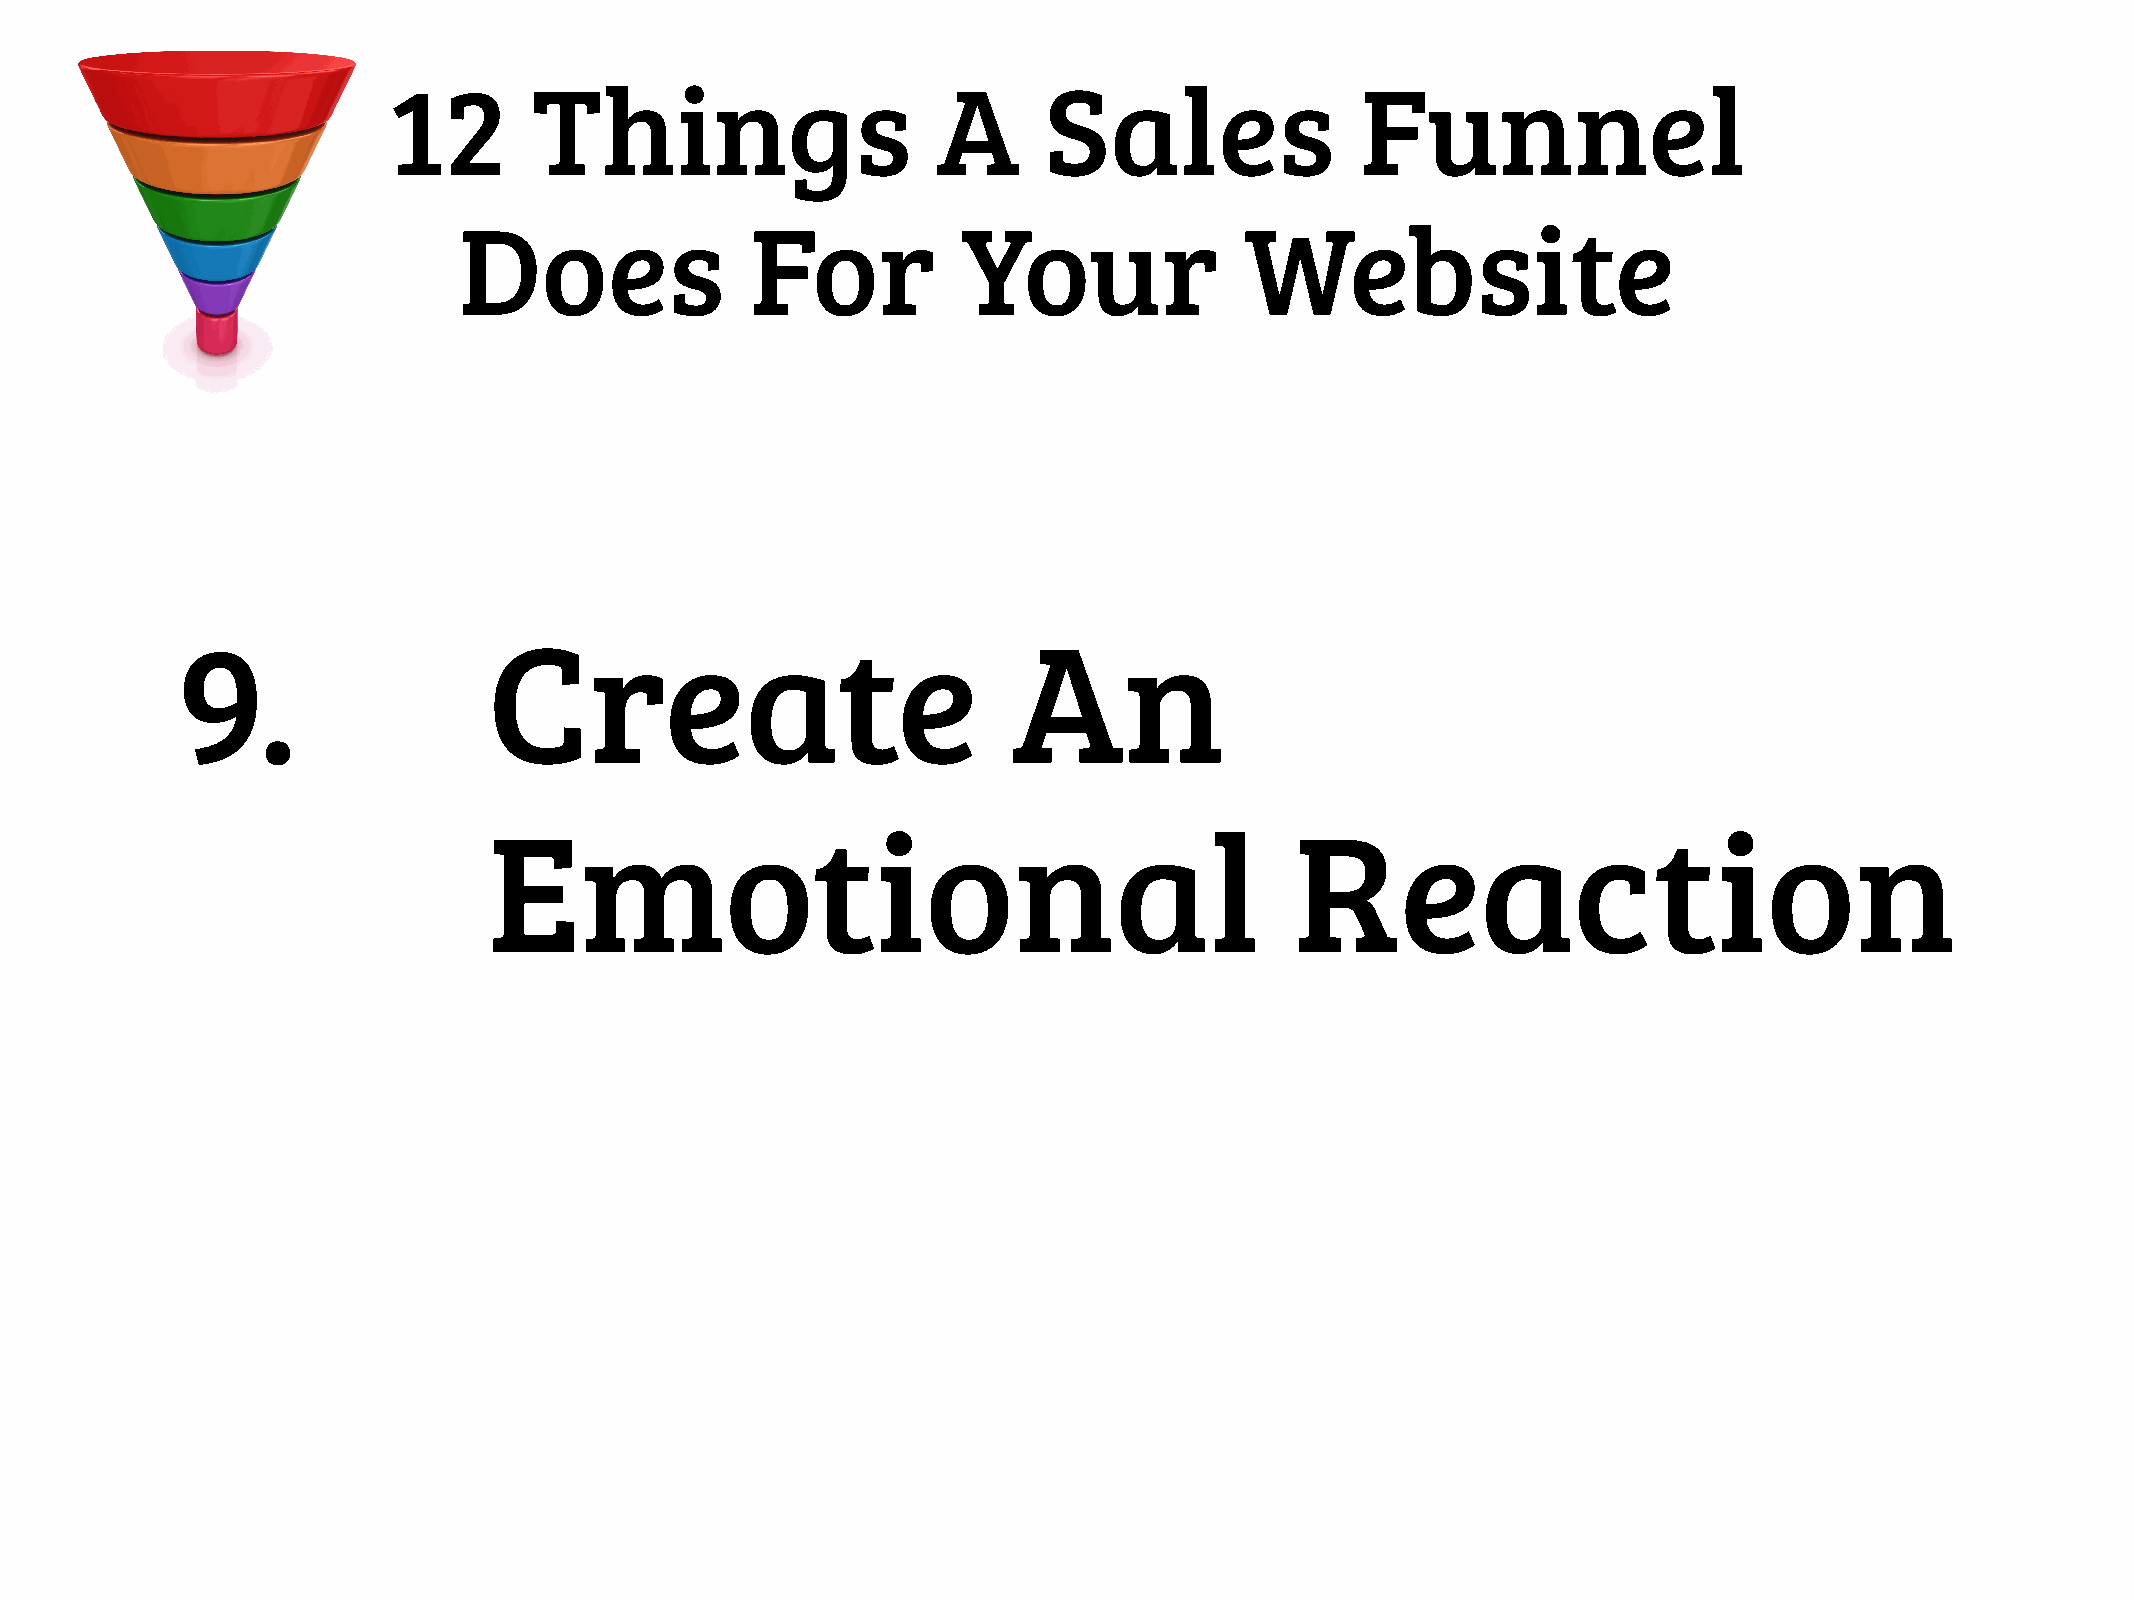
12       Things                     A      Sales                Funnel
 Does                For           Your              Website
 9.                  Create                             An
 Emotional                                             Reaction